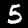
Label: 5